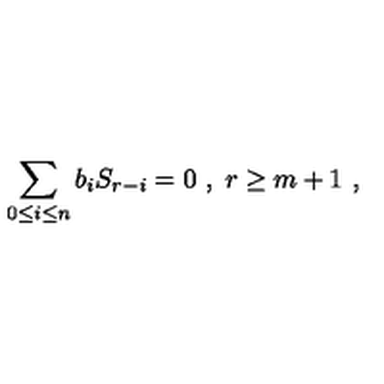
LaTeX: \sum _ { 0 \le i \le n } b _ { i } S _ { r - i } = 0 \ , \ r \ge m + 1 \ ,